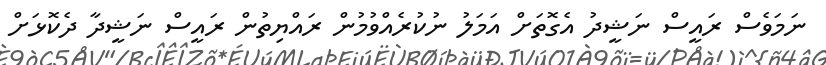
ނަމަވެސް ރައީސް ނަޝީދު އެގޮތަށް އަމަލު ނުކުރެއްވުމުން ރައްޔިތުން ރައީސް ނަޝީދާ ދެކޮޅަށް